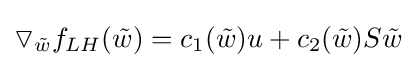
\triangledown _{\tilde {w}}f_{LH}({\tilde {w}})=c_{1}({\tilde {w}})u+c_{2}({\tilde {w}})S{\tilde {w}}